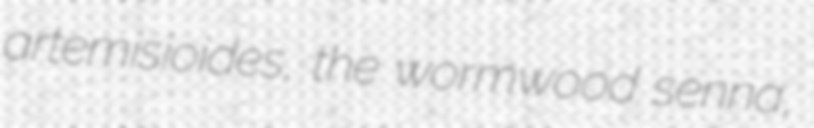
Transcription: artemisioides, the wormwood senna,